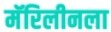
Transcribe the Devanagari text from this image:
मॅरिलीनला